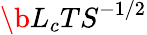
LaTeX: \b{L_{c}TS}^{-1/2}